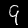
Digit: 9